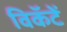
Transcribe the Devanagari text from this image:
विकॅटें